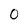
Character: 0